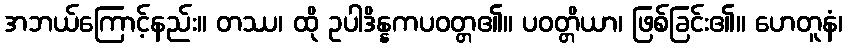
အဘယ်ကြောင့်နည်း။ တဿ၊ ထို ဥပါဒိန္နကပဝတ္တ၏။ ပဝတ္တိယာ၊ ဖြစ်ခြင်း၏။ ဟေတူနံ၊